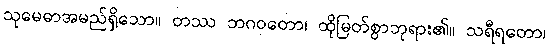
သုမေဓာအမည်ရှိသော။ တဿ ဘဂဝတော၊ ထိုမြတ်စွာဘုရား၏။ သရီရတော၊